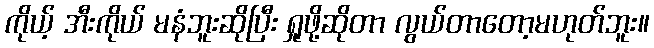
ကိုယ့် အီးကိုယ် မနံဘူးဆိုပြီး ရှုဖို့ဆိုတာ လွယ်တာတော့မဟုတ်ဘူး။